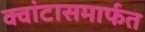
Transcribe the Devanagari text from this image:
क्वांटासमार्फत